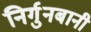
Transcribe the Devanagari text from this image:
निर्गुनबानी